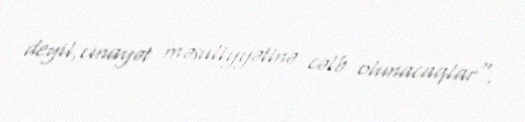
deyil,cinayət məsuliyyətinə cəlb olunacaqlar".